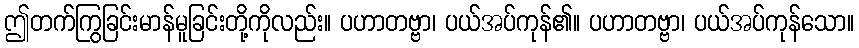
ဤတက်ကြွခြင်းမာန်မူခြင်းတို့ကိုလည်း။ ပဟာတဗ္ဗာ၊ ပယ်အပ်ကုန်၏။ ပဟာတဗ္ဗာ၊ ပယ်အပ်ကုန်သော။